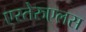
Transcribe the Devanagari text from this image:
एस्तेरुएलस